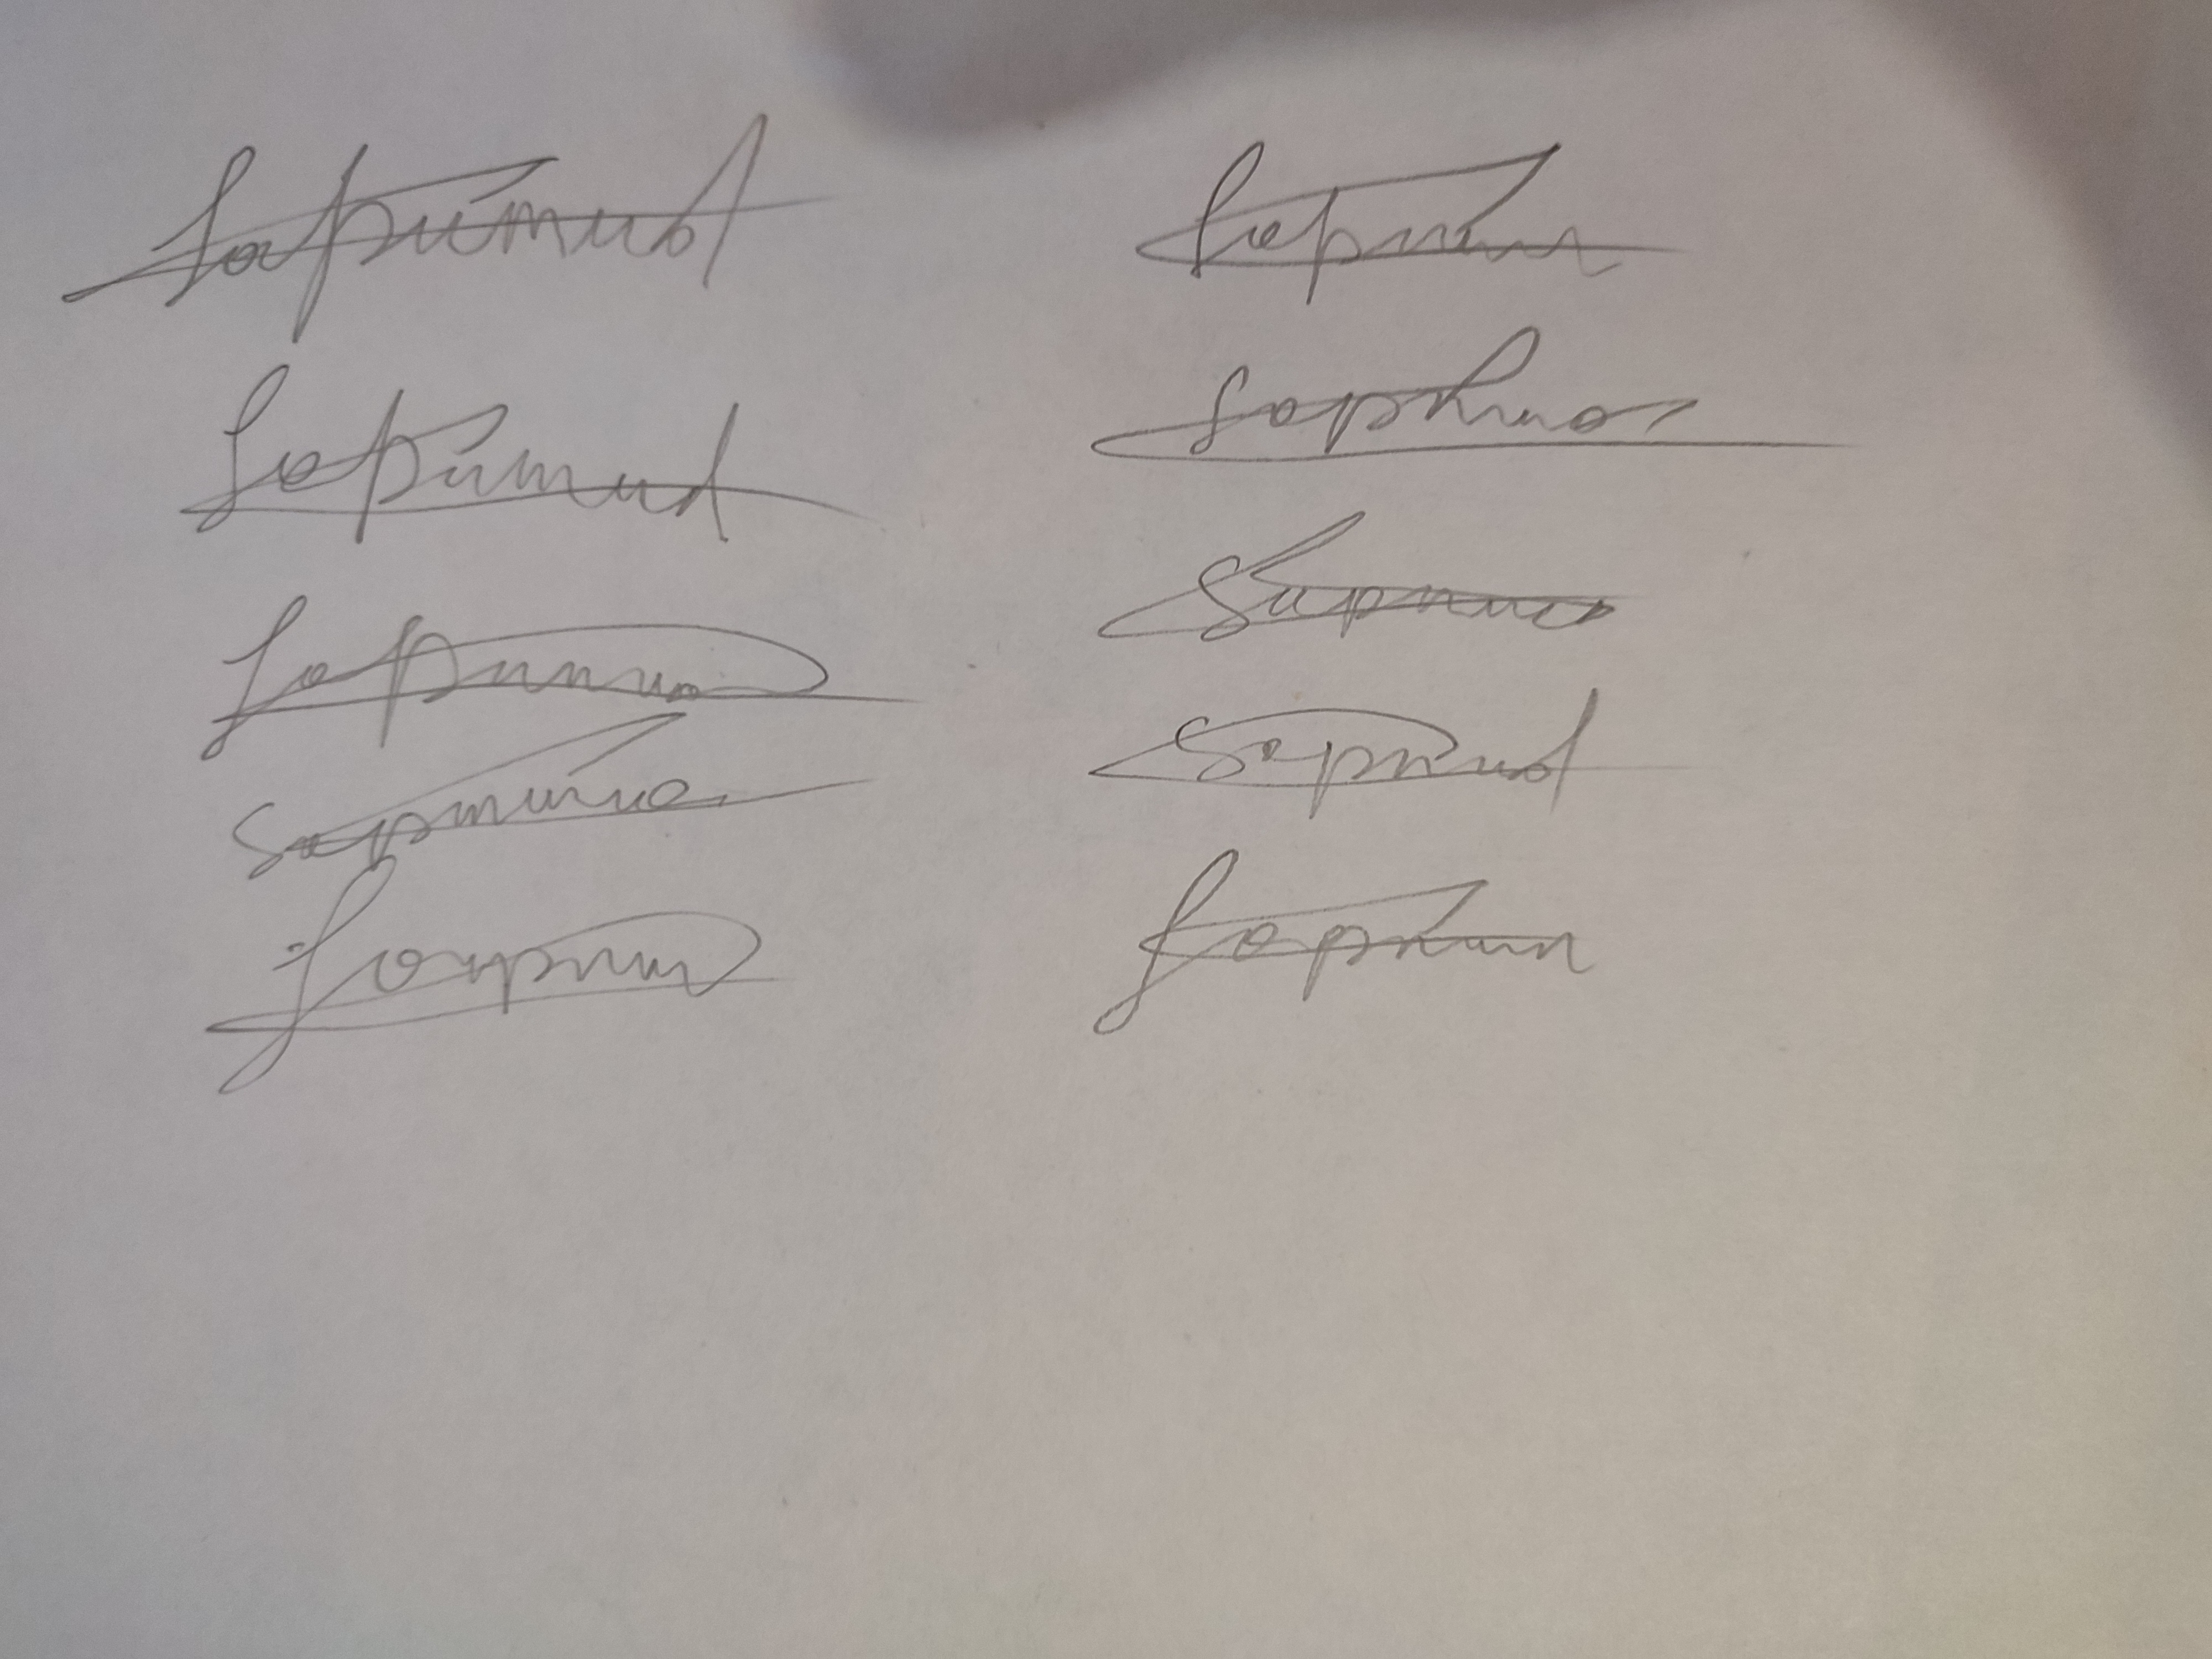
Signature authenticity: forged